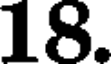
18.